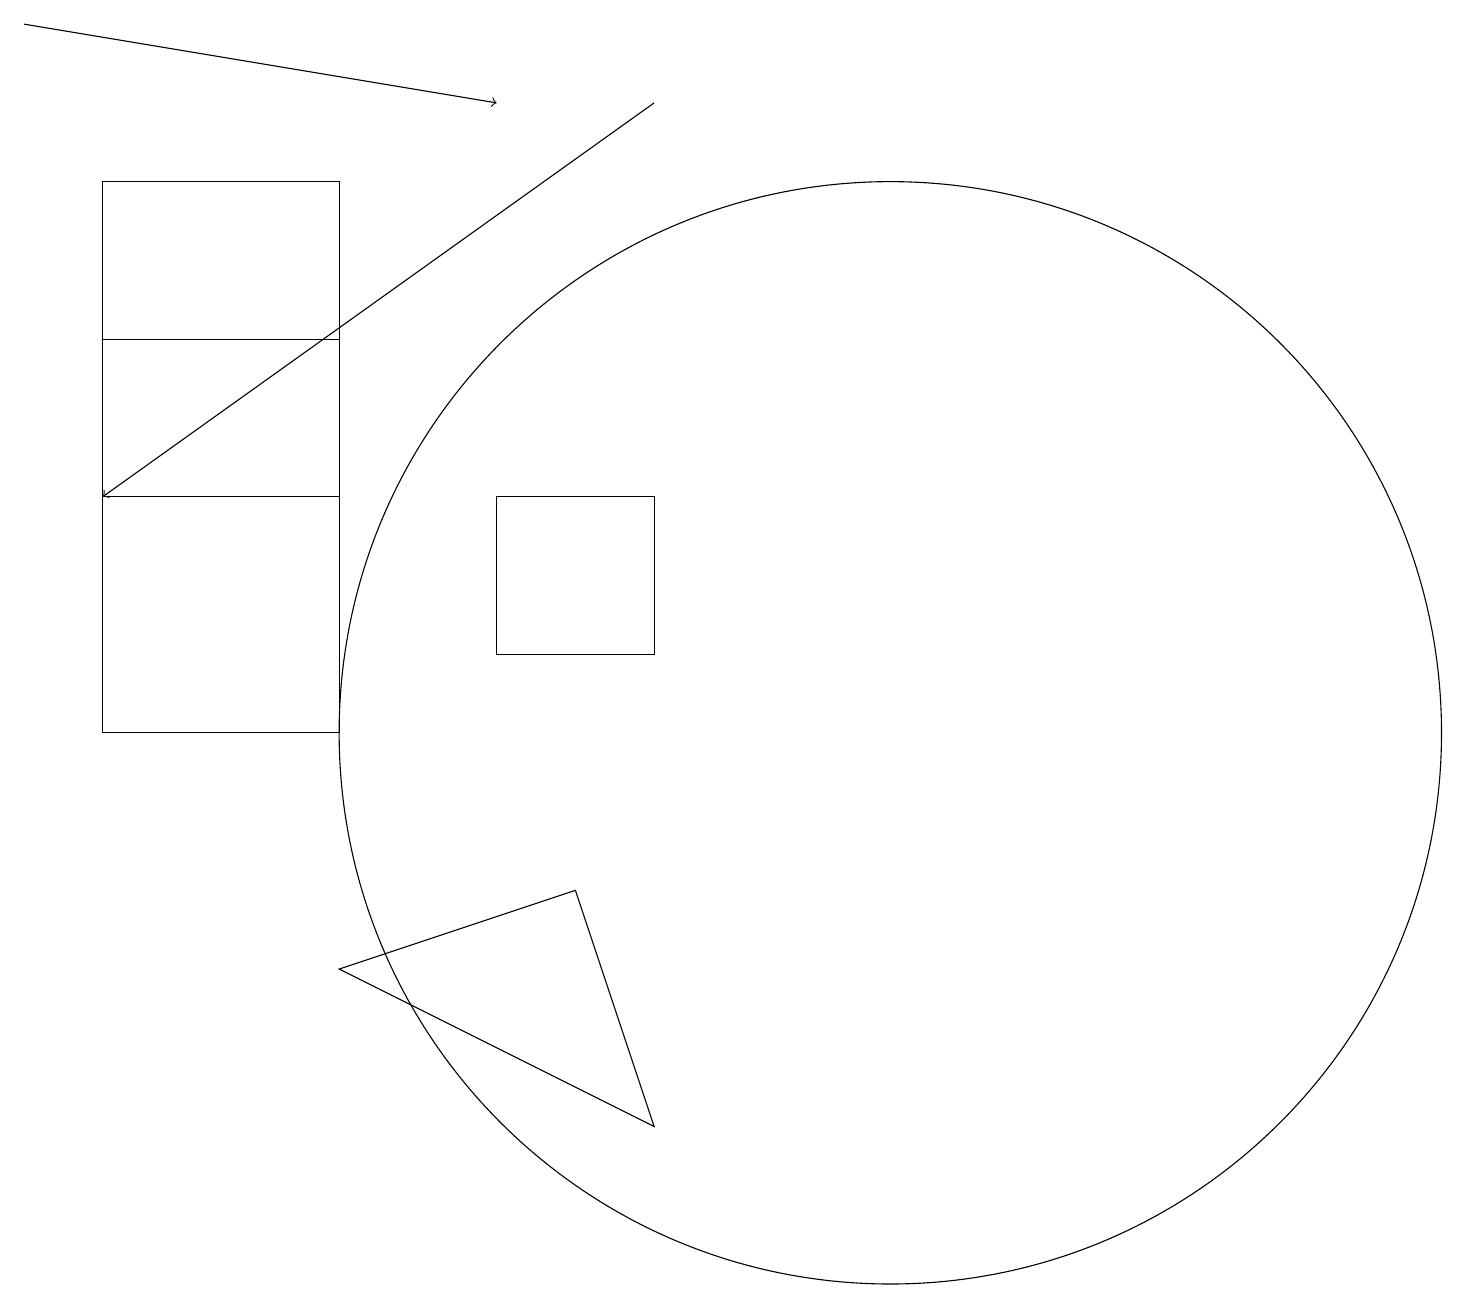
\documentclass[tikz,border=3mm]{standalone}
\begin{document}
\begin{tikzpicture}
\draw (12,10) circle (7);
\draw (9,11) rectangle (7,13);
\draw[->] (9,18) -- (2,13);
\draw (2,10) rectangle (5,17);
\draw (8,8) -- (5,7) -- (9,5) -- cycle;
\draw[->] (1,19) -- (7,18);
\draw (2,13) rectangle (5,15);
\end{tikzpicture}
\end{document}